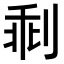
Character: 𠝍